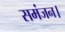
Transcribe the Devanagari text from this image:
समंजन।